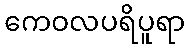
ကေဝလပရိပူရာ